Vaccination in Bombay 1856-1862 - 1856-1862
Year: 1856
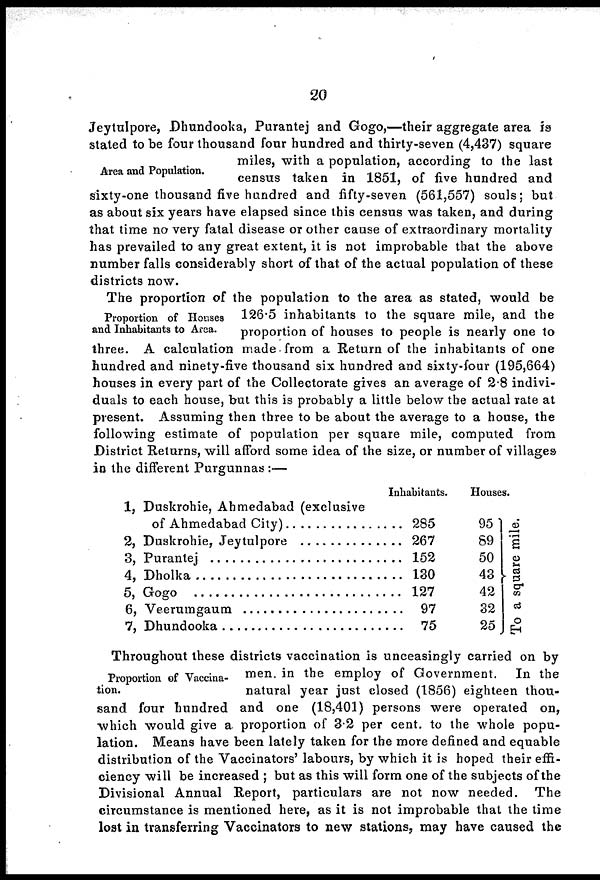
20
Area and Population.
Jeytulpore, Dhundooka, Purantej and Gogo,—their aggregate area is
stated to be four thousand four hundred and thirty-seven (4,437) square
miles, with a population, according to the last
census taken in 1851, of five hundred and
sixty-one thousand five hundred and fifty-seven (561,557) souls; but
as about six years have elapsed since this census was taken, and during
that time no very fatal disease or other cause of extraordinary mortality
has prevailed to any great extent, it is not improbable that the above
number falls considerably short of that of the actual population of these
districts now.
Proportion of Houses
and Inhabitants to Area.
The proportion of the population to the area as stated, would be
126.5 inhabitants to the square mile, and the
proportion of houses to people is nearly one to
three. A calculation made from a Return of the inhabitants of one
hundred and ninety-five thousand six hundred and sixty-four (195,664)
houses in every part of the Collectorate gives an average of 2.8 indivi-
duals to each house, but this is probably a little below the actual rate at
present. Assuming then three to be about the average to a house, the
following estimate of population per square mile, computed from
District Returns, will afford some idea of the size, or number of villages
in the different Purgunnas :—
1,
2,
3,
4,
5,
6,
7,
Duskrohie, Ahmedabad (exclusive
of Ahmedabad City) ..................
Duskrohie, Jeytulpore ..................
Purantej ...............................
Dholka
Gogo ........................
Veerumgaum ..........................
Dhundooka ...........................
Inhabitants.
285
267
152
130
127
97
75
Houses.
95
89
50
43
42
32
25
To a square mile.
Proportion of Vaccina-
tion.
Throughout these districts vaccination is unceasingly carried on by
men. in the employ of Government. In the
natural year just closed (1856) eighteen thou-
sand four hundred and one (18,401) persons were operated on,
which would give a. proportion of 3.2 per cent. to the whole popu-
lation. Means have been lately taken for the more defined and equable
distribution of the Vaccinators' labours, by which it is hoped their effi-
ciency will be increased ; but as this will form one of the subjects of the
Divisional Annual Report, particulars are not now needed. The
circumstance is mentioned here, as it is not improbable that the time
lost in transferring Vaccinators to new stations, may have caused the